Civil Veterinary Department Bengal reports 1923-33 - 1923-1933
Year: 1923
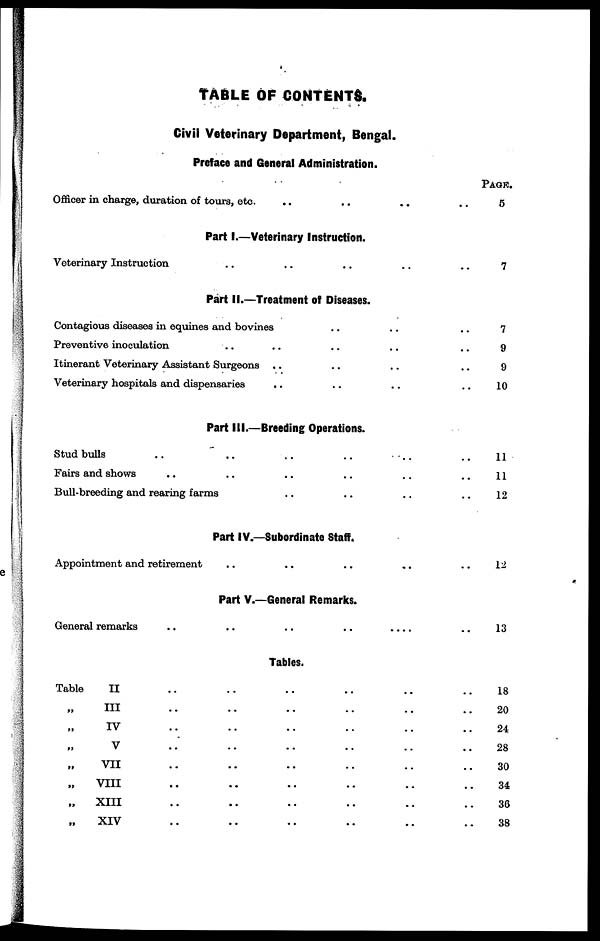
TABLE OF CONTENTS.
Civil Veterinary Department, Bengal.
Preface and General Administration.
Officer in charge, duration of tours, etc. .. .. .. ..
Part 1.—Veterinary Instruction.
Veterinary Instruction .. .. .. .. ..
Part II.—Treatment of Diseases.
Contagious diseases in equines and bovines .. .. ..
Preventive inoculation .. .. .. .. ..
Itinerant Veterinary Assistant Surgeons .. .. .. ..
Veterinary hospitals and dispensaries .. .. .. ..
Part III.—Breeding Operations.
Stud bulls .. .. .. .. .. ..
Fairs and shows .. .. .. .. .. ..
Bull-breeding and rearing farms .. .. .. ..
Part IV.—Subordinate Staff.
Appointment and retirement .. .. .. .. ..
Part V.—General Remarks.
General remarks
..
..
..
..
.. .. ..
Tables.
Table
II .. .. .. .. .. ..
„ III .. .. .. .. .. ..
„ IV .. .. .. .. .. ..
„ V .. .. .. .. .. ..
„ VII .. .. .. .. .. ..
„
VIII .. .. .. .. .. ..
„
XIII .. .. .. .. .. ..
„
XIV .. .. .. .. .. ..
PAGE.
5
7
7
9
9
10
11
11
12
12
13
18
20
24
28
30
34
36
38